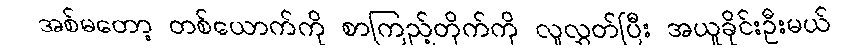
အစ်မတော့ တစ်ယောက်ကို စာကြည့်တိုက်ကို လူလွှတ်ပြီး အယူခိုင်းဦးမယ်